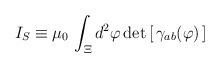
LaTeX: \begin{align*}I_S\equiv \mu_0\, \int_\Xi d^2\varphi\, \mathrm{det}\left[\, \gamma_{ab}(\varphi)\,\right]\end{align*}